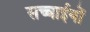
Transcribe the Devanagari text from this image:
सच्चाईयों